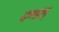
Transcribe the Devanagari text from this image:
दण्डश्